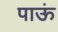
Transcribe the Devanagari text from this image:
पाऊं